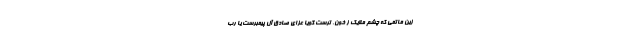
زین ماتمى که چشم ملایک ز خون، ترست گویا عزاى صادق آل پیمبرست یا رب